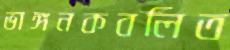
ভাঙ্গনকবলিত